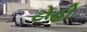
ટોહી